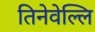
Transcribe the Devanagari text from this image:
तिनेवेल्लि